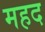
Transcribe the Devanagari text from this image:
महद